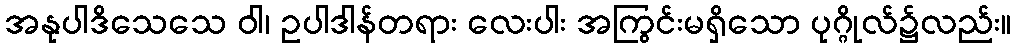
အနုပါဒိသေသေ ဝါ၊ ဥပါဒါန်တရား လေးပါး အကြွင်းမရှိသော ပုဂ္ဂိုလ်၌လည်း။